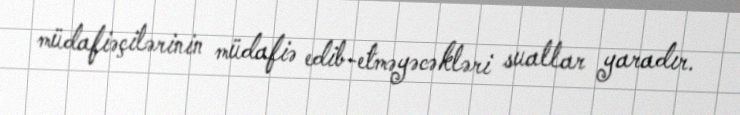
müdafiəçilərinin müdafiə edib-etməyəcəkləri suallar yaradır.